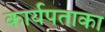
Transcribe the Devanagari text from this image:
कार्यपताका